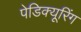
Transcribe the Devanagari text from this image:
पेडिक्यूरिंग